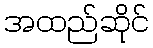
အထည်ဆိုင်